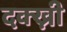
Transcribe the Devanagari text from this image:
दक्ख्नी